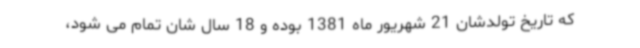
که تاریخ تولدشان 21 شهریور ماه 1381 بوده و 18 سال شان تمام می شود،